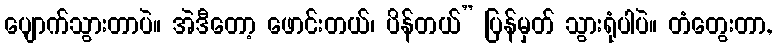
ပျောက်သွားတာပဲ။ အဲဒီတော့ ဖောင်းတယ်၊ ပိန်တယ်” ပြန်မှတ် သွားရုံပါပဲ။ တံတွေးတာ,